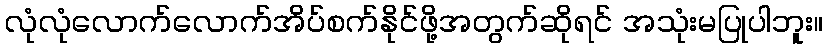
လုံလုံလောက်လောက်အိပ်စက်နိုင်ဖို့အတွက်ဆိုရင် အသုံးမပြုပါဘူး။